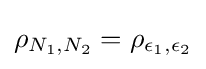
\rho _{N_{1},N_{2}}=\rho _{\epsilon _{1},\epsilon _{2}}